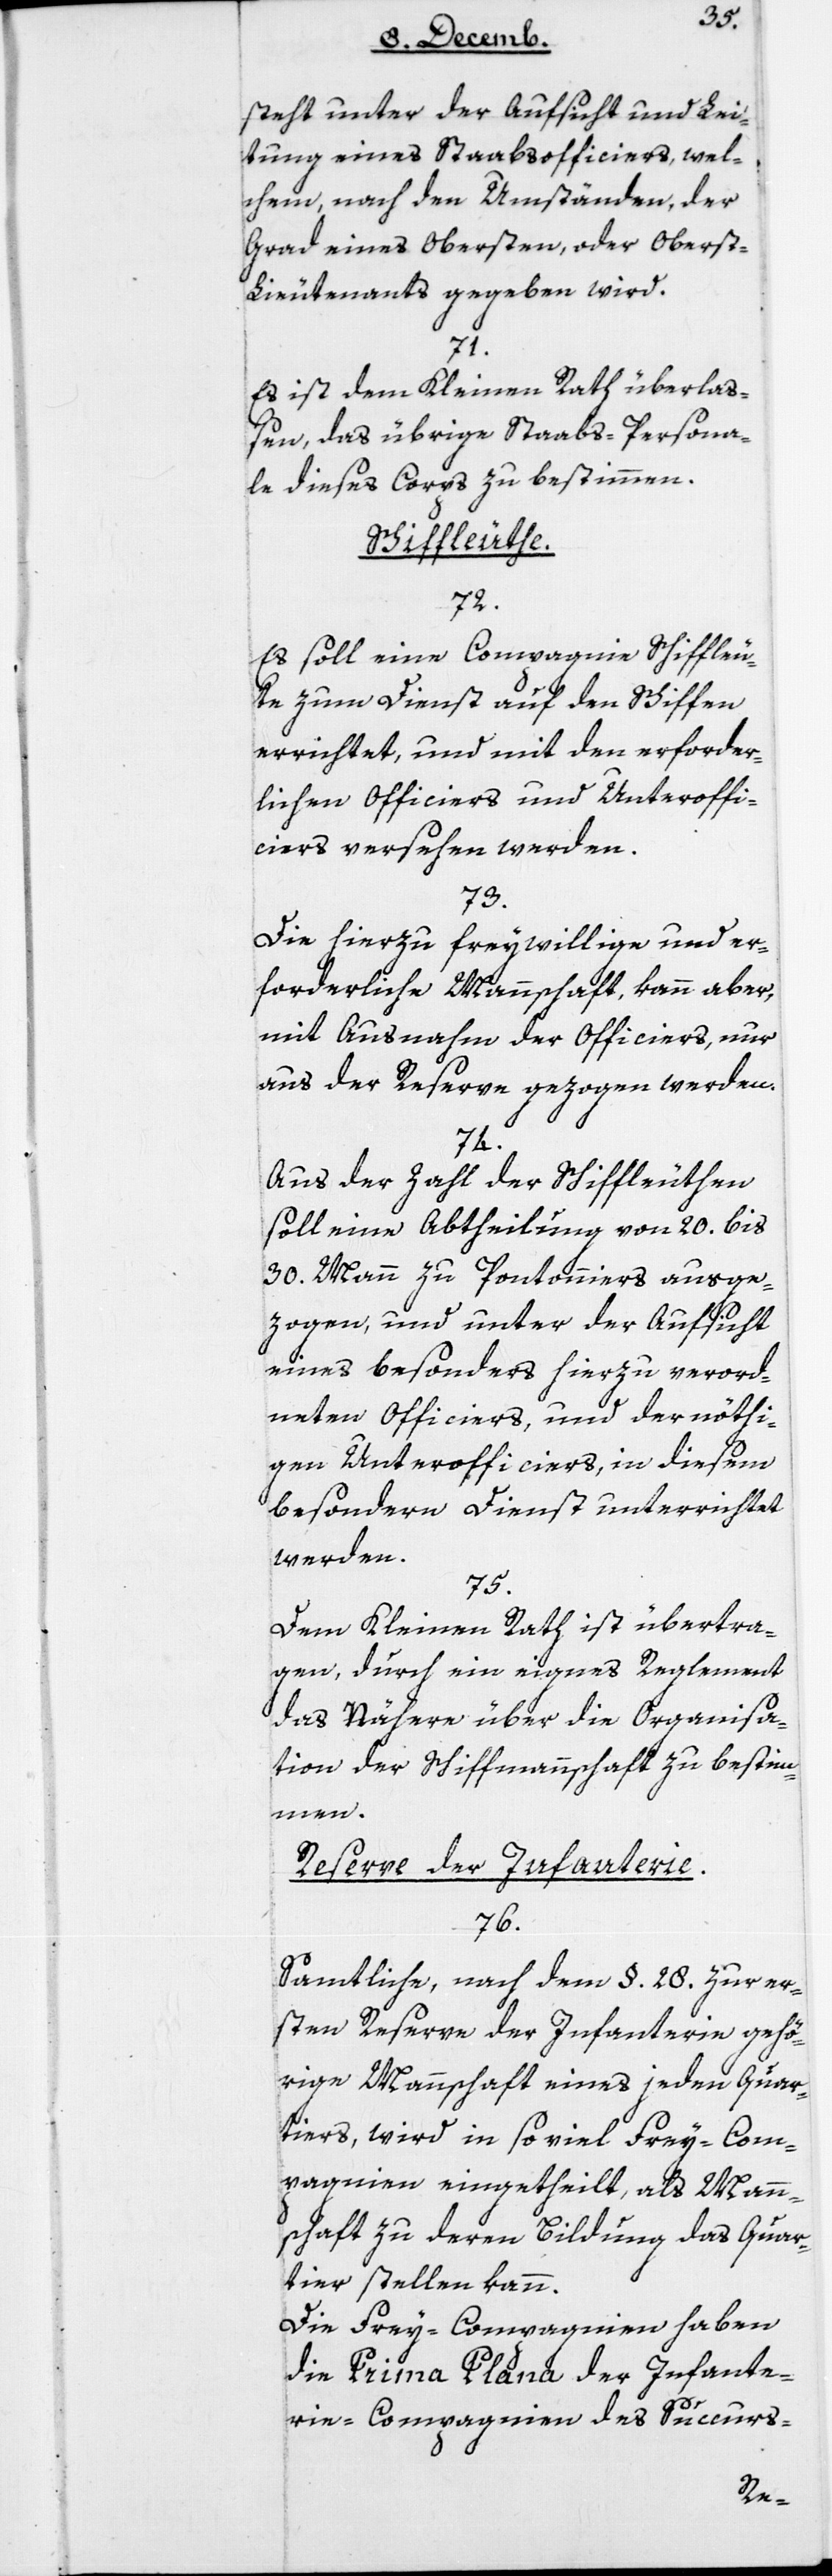
steht unter der Aufsicht und Lei¬
tung eines Staabsofficiers, wel¬
chem, nach den Umständen, der
Grad eines Obersten, oder Obers¬
t-Lieutenant gegeben wird.
71.
Es ist dem Kleinen Rath überlaß¬
en, das übrige Staabs-Persona¬
le dieses Corps zu bestimmen.
Schiffleuthe.
72.
Es soll eine Compagnie Schiffleu¬
te zum Dienst auf den Schiffen
errichtet, und mit den erforder¬
lichen Officiers und Unteroffi¬
ciers versehen werden.
73.
Die hierzu freywillige und er¬
forderliche Mannschaft kann aber,
mit Ausnahme der Officiers, nur
aus der Reserve gezogen werden.
74.
Aus der Zahl der Schiffleuthen
soll eine Abtheilung von 20 bis
30 Mann zu Pontonniers ausge¬
zogen, und unter der Aufsicht
eines besonders hierzu verord¬
neten Officiers und der nöthi¬
gen Unterofficiers, in diesem
besondern Dienst unterrichtet
werden.
75.
Dem Kleinen Rath ist übertra¬
gen, durch ein eignes Reglement
das Nähere über die Organisa¬
tion der Schiffmannschaft zu bestim¬
men.
Reserve der Infanterie.
76.
Sämtliche, nach dem § 28 zur er¬
sten Reserve der Infanterie gehö¬
rige Mannschaft eines jeden Quar¬
tiers, wird in so viel Freycom¬
pagnien eingetheilt, als Mann¬
schaft zu deren Bildung das Quar¬
tier stellen kann.
Die Frey-Compagnien haben
die Prima Plana der Infante¬
rie-Compagnien des Succurs-